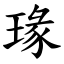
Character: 瑑